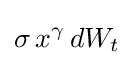
\sigma \,x^{\gamma }\,dW_{t}